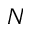
N